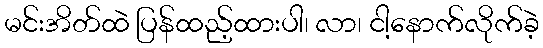
မင်းအိတ်ထဲ ပြန်ထည့်ထားပါ၊ လာ၊ ငါ့နောက်လိုက်ခဲ့